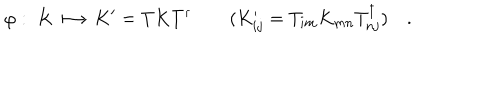
LaTeX: \varphi : \; K \longmapsto K ^ { \prime } = T K T ^ { \dagger } \qquad ( K _ { i j } ^ { \prime } = T _ { i m } K _ { m n } T _ { n j } ^ { \dagger } ) \quad .